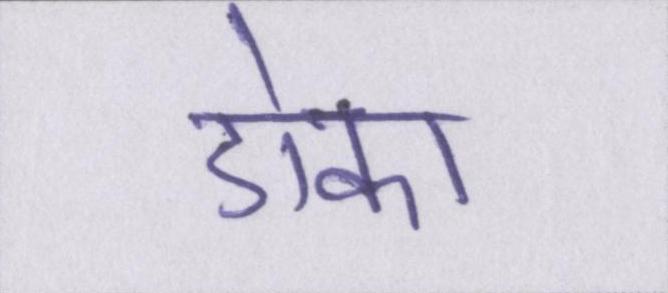
डोका